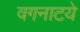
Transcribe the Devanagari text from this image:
वगनाटये